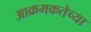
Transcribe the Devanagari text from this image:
आक्रमकतेच्या